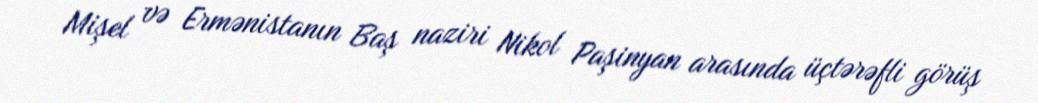
Mişel və Ermənistanın Baş naziri Nikol Paşinyan arasında üçtərəfli görüş